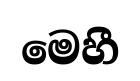
මෙහී